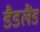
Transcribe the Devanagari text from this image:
डैडलैंड